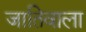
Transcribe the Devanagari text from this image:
जातिवाला